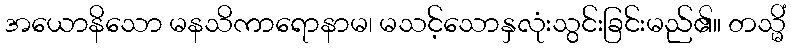
အယောနိသော မနသိကာရောနာမ၊ မသင့်သောနှလုံးသွင်းခြင်းမည်၏။ တသ္မိံ